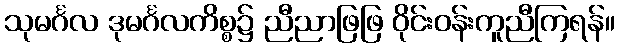
သုမင်္ဂလ ဒုမင်္ဂလကိစ္စ၌ ညီညာဖြဖြ ဝိုင်းဝန်းကူညီကြရန်။